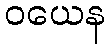
ဝယေန